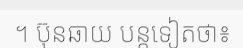
។ ប៊ុនឆាយ បន្តទៀតថា៖